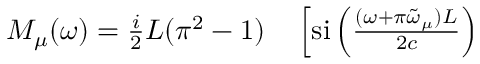
\begin{array} { r l } { M _ { \mu } ( \omega ) = \frac { i } { 2 } L ( \pi ^ { 2 } - 1 ) } & { { } \left[ \mathrm { s i } \left( \frac { ( \omega + \pi \tilde { \omega } _ { \mu } ) L } { 2 c } \right) \right. } \end{array}